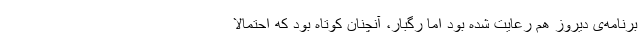
برنامه‌ی دیروز هم رعایت شده بود اما رگبار، آنچنان کوتاه بود که احتمالا